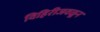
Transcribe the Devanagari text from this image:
विहिरीजवळून